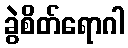
ခွဲစိတ်ရောဂါ